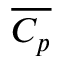
\overline { { C _ { p } } }